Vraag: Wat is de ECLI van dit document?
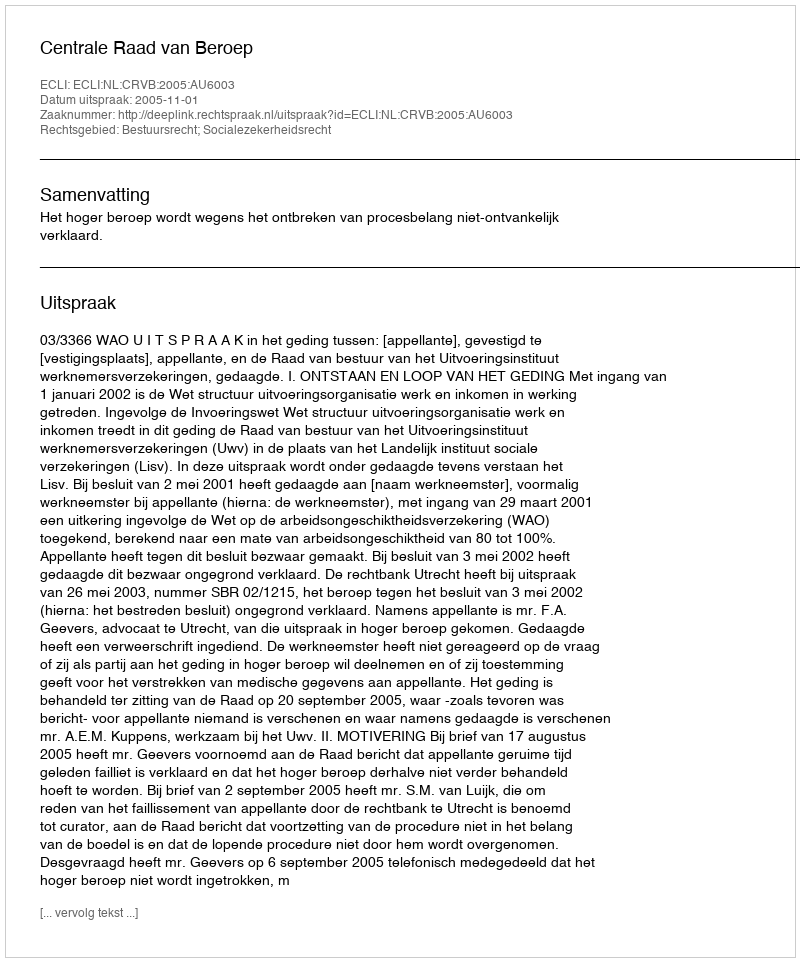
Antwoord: ECLI:NL:CRVB:2005:AU6003